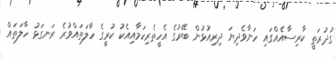
ގުދުރަތީ ކާރިސާއެއްގައި ހަނާވެދިޔަ ދިރިއުޅުން ބޭރުގެ އެހީތެރިކަމާއިއެކު ކުރީގެ ހާލަތައްވުރެ ރަނގަޅު ހާލަތައް